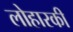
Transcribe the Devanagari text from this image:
लोहारकी